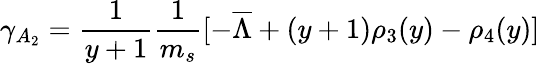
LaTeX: \gamma_{A_{2}}={\frac{1}{y+1}}{\frac{1}{m_{s}}}[-\overline{{\Lambda}}+(y+1)\rho_{3}(y)-\rho_{4}(y)]